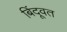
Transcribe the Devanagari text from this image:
बिंदूवत